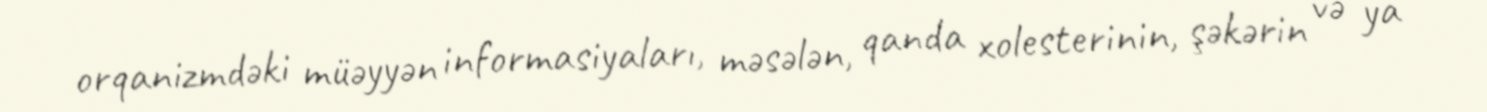
orqanizmdəki müəyyən informasiyaları, məsələn, qanda xolesterinin, şəkərin və ya